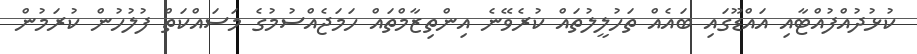
ކުޅުދުއްފުއްޓާާއި އައްޑޫގައި ބައެއް ތަހުލީލުތައް ކުރެވޭނެ އިންތިޒާމްތައް ހަމަޖެއްސުމުގެ މަސައްކަތް ފުލުހުން ކުރަމުން